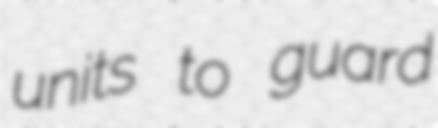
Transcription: units to guard